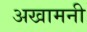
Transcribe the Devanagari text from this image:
अखामनी